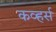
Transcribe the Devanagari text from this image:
कव्हर्स